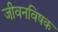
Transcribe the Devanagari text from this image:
जीवनविषक